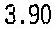
3.90